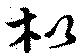
枇